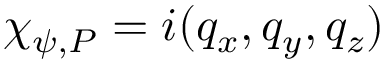
\chi _ { \psi , P } = i ( q _ { x } , q _ { y } , q _ { z } )